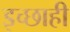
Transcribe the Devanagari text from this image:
इच्छाही